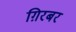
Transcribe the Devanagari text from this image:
ग़िरबर